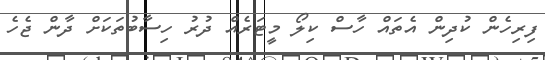
ފިރިހެން ކުދިން އެތައް ހާސް ކިލޯ މީޓަރެއް ދުރު ހިސާބުތަކަށް ދާން ޖެހެ